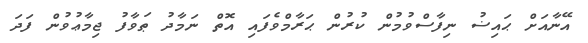
އޭނާއަށް ޙައިޟު ނިފާސްވުމުން ކުރުން ޙަރާމްވެފައި އޮތް ނަމާދު ޠަވާފު ޖިމާޢުވުން ފަދަ